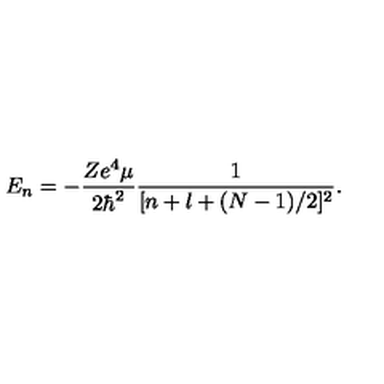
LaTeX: E _ { n } = - \frac { Z e ^ { 4 } \mu } { 2 \hbar ^ { 2 } } \frac { 1 } { [ n + l + ( N - 1 ) / 2 ] ^ { 2 } } .